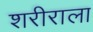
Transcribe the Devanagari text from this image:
शरीराला